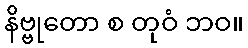
နိဗ္ဗုတော စ တုဝံ ဘဝ။